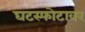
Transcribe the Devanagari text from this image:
घटस्फोटावर